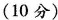
(10分)